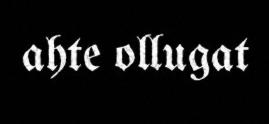
ahte ollugat